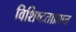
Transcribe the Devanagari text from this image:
विशिष्टताप्राप्त